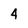
Character: 4